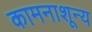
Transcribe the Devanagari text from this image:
कामनाशून्य